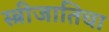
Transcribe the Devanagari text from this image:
स्त्रीजातिचा